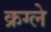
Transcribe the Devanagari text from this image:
क्रग्ले